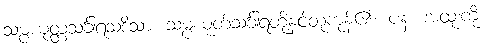
သမ္ပယုတ္တသင်္ခါရသဒိသာ၊ သမ္ပယုတ်သင်္ခါရတို့နှင့်တူကုန်၏။ ပန၊ အထူးကို